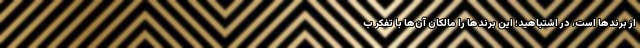
از برندها است، در اشتباهید؛ این برندها را مالکان ‌آن‌ها با تفکر ب